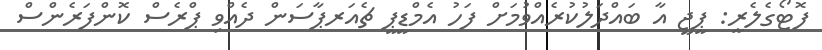
ފޮޓޯގެލެރީ: ޕީޖީ އާ ބައްދަލުކުރެއްވުމަށް ފަހު އެމްޑީޕީ ޗެއަރޕާސަން ދެއްވި ޕްރެސް ކޮންފަރެންސް